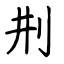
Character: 㓝